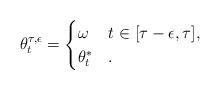
LaTeX: \begin{align*} \theta^{\tau,\epsilon}_t = \begin{cases} \omega & t\in[\tau-\epsilon, \tau], \\ \theta^*_t & . \end{cases} \end{align*}